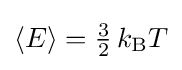
{\textstyle \langle E\rangle ={\frac {3}{2}}\,k_{\text{B}}T}